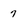
Character: 7